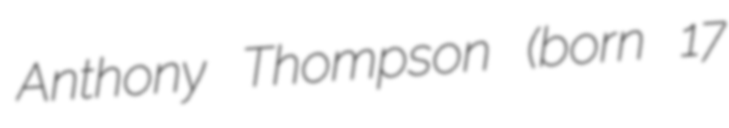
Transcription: Anthony Thompson (born 17